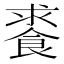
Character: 𩛰